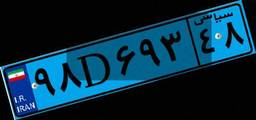
۹۸D۶۹۳۴۸